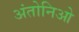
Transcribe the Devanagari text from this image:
अंतोनिओ